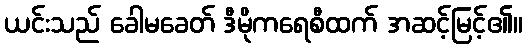
ယင်းသည် ခေါမခေတ် ဒီမိုကရေစီထက် အဆင့်မြင့်၏။